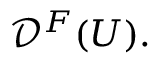
{ \mathcal { D } } ^ { F } ( U ) .